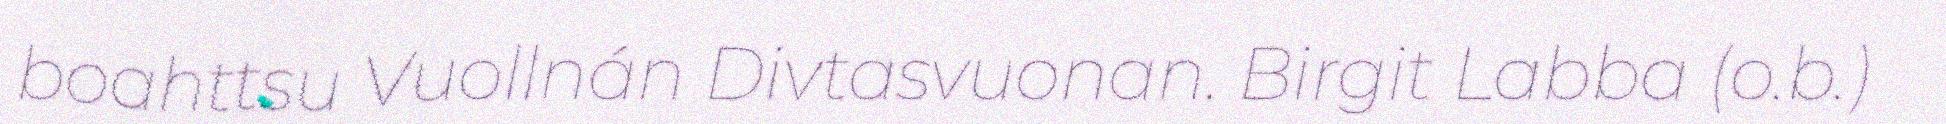
boahttsu Vuollnán Divtasvuonan. Birgit Labba (o.b.)